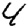
Digit: 4